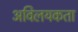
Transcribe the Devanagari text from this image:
अविलयकता